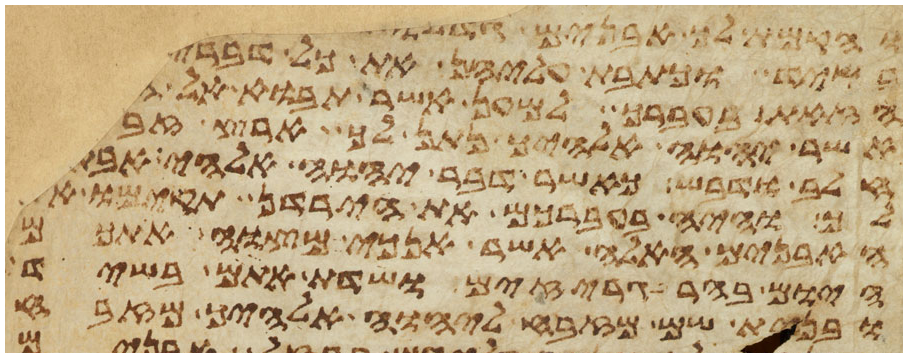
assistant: והקמת לך אבנים גדלות
בשיד וכתבת עליהן את כל דברי
הזאת בעברך למען אשר תבוא אל
אשר יהוה אלהיך נתן לך ארץ זבת
חלב ודבש כאשר דבר יהוה אלהי אבתיך
לך והיה בעברכם את הירדן תקימו את
האבנים האלה אשר אנכי מצוה אתכם
היום בהרגריזים ושדת אתם בשיד
ובנית שם מזבח ליהוה אלהיך מזבח